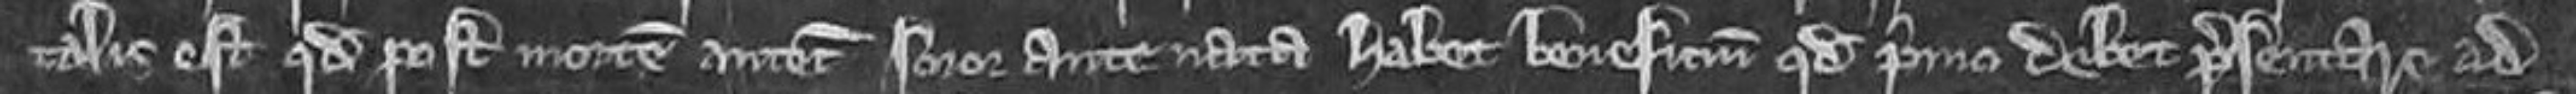
talis est quod post mortem antecessoris soror antenata habet beneficium quod primo debet presentare ad